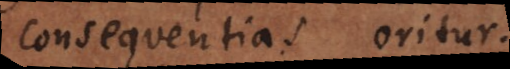
consequentias oritur.